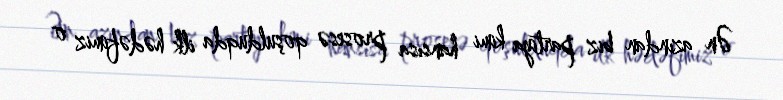
Ən azından biz partiya kimi hansısa prosesə qoşulduqda ilk hədəfimiz o